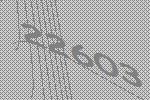
22603